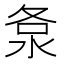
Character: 洜